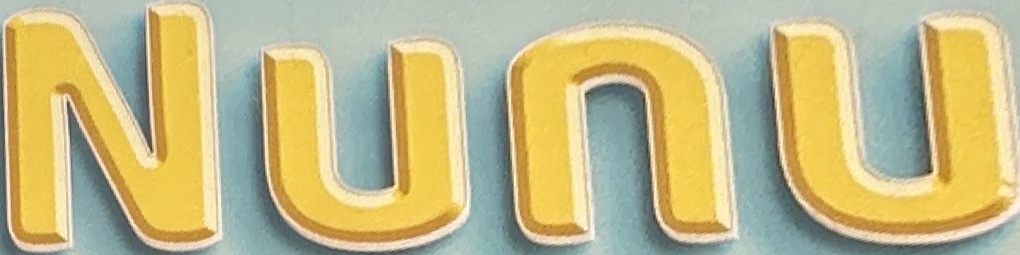
Nunu